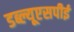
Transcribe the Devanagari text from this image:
डब्ल्यूएसपीई